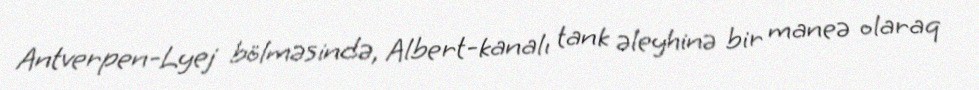
Antverpen-Lyej bölməsində, Albert-kanalı tank əleyhinə bir maneə olaraq